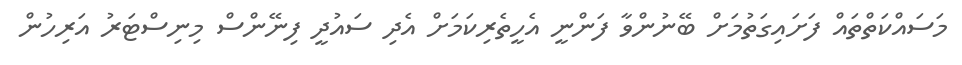
މަސައްކަތްތައް ފަށައިގަތުމަށް ބޭނުންވާ ފަންނީ އެހީތެރިކަމަށް އެދި ސައުދީ ފިނޭންސް މިނިސްޓަރު އަރިހުން